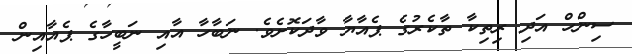
ސިންހް އަދި ރިތިކާ ތާކެރުގެ ޕެއާޔާ ވާދަކޮށެވެ. ނަބާހާ އާއި ނަބީހާގެ ޕެއާއިން